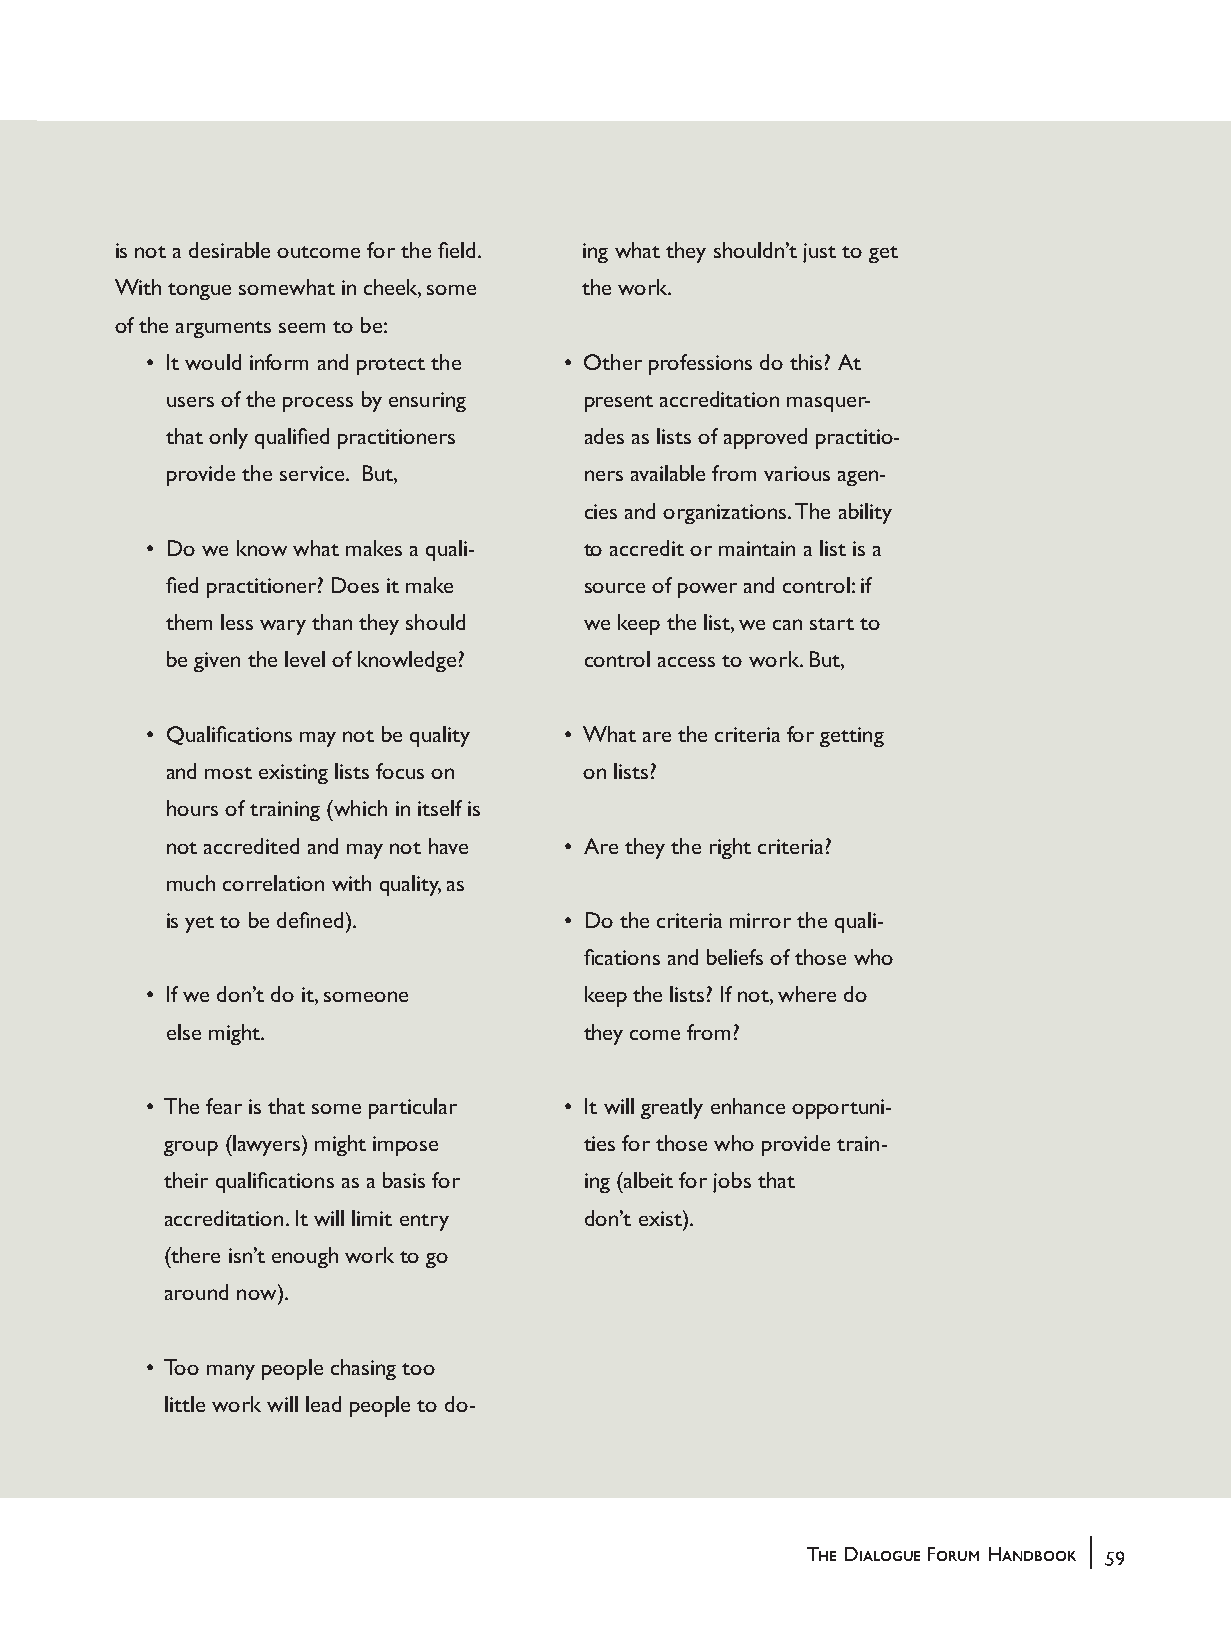
is not a desirable outcome for the field. ing what they shouldn’t just to get
 With tongue somewhat in cheek, some the work.
 of the arguments seem to be:
 • It would inform and protect the • Other professions do this? At
 users of the process by ensuring present accreditation masquer-
 that only qualified practitioners ades as lists of approved practitio-
 provide the service. But,  ners available from various agen-
 cies and organizations. The ability
 • Do we know what makes a quali- to accredit or maintain a list is a
 fied practitioner? Does it make source of power and control: if
 them less wary than they should we keep the list, we can start to
 be given the level of knowledge? control access to work. But,
 • Qualifications may not be quality • What are the criteria for getting
 and most existing lists focus on on lists?
 hours of training (which in itself is
 not accredited and may not have • Are they the right criteria?
 much correlation with quality, as
 is yet to be defined).    • Do the criteria mirror the quali-
 fications and beliefs of those who
 • If we don’t do it, someone keep the lists? If not, where do
 else might.                they come from?
 • The fear is that some particular • It will greatly enhance opportuni-
 group (lawyers) might impose ties for those who provide train-
 their qualifications as a basis for ing (albeit for jobs that
 accreditation. It will limit entry don’t exist).
 (there isn’t enough work to go
 around now).
 • Too many people chasing too
 little work will lead people to do-
 |
 The Dialogue Forum Handbook 59
 handbook_web         59                             5/30/04, 4:37 PM